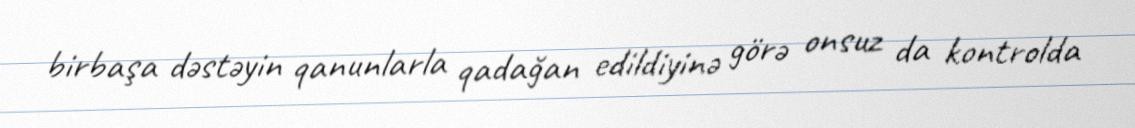
birbaşa dəstəyin qanunlarla qadağan edildiyinə görə onsuz da kontrolda